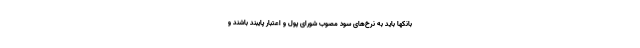
بانکها باید به نرخ‌های سود مصوب شورای پول و اعتبار پایبند باشند و